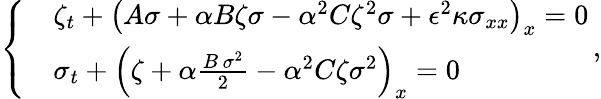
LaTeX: \left\{ \begin{array}{rl}&{\zeta_{t}+\left(A{\sigma}+\alpha B{\zeta}{\sigma}-\alpha^{2}C{\zeta}^{2}{\sigma}+\epsilon^{2}\kappa{\sigma}_{xx}\right)_{x}=0}\\ &{\sigma_{t}+\left({\zeta}+\alpha\frac{B\, {\sigma}^{2}}{2}-\alpha^{2}C{\zeta}{\sigma}^{2}\right)_{x}=0}\end{array}\right.\, ,